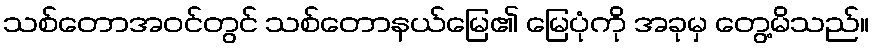
သစ်တောအဝင်တွင် သစ်တောနယ်မြေ၏ မြေပုံကို အခုမှ တွေ့မိသည်။